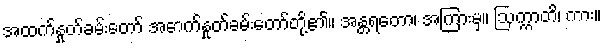
အထက်နှုတ်ခမ်းတော် အောက်နှုတ်ခမ်းတော်တို့၏။ အန္တရတော၊ အကြားမှ။ ဩက္ကာတိ၊ ကား။